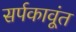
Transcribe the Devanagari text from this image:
सर्पकावूंत